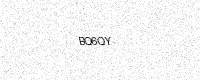
Text: BQ6QY